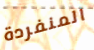
المنفردة